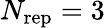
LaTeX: N_{\mathrm{rep}}=3